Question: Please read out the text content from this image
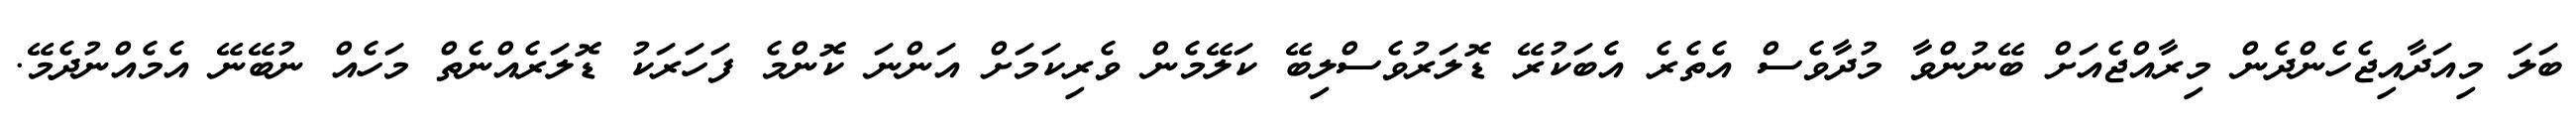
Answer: ބަލަ މިއަދާއިޖެހެންދެން މިރާއްޖެއަށް ބޭނުންވާ މުދާވެސް އެތެރެ އެބަކުރޭ ޑޮލަރުވެސްލިބޭ ކަލޭމެން ވެރިކަމަށް އަންނަ ކޮންމެ ފަހަރަކު ޑޮލަރެއްނެތް މަހެއް ނުބޭނޭ އެމެއްނުދެމޭ.